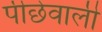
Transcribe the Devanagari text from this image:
पीछेवाली